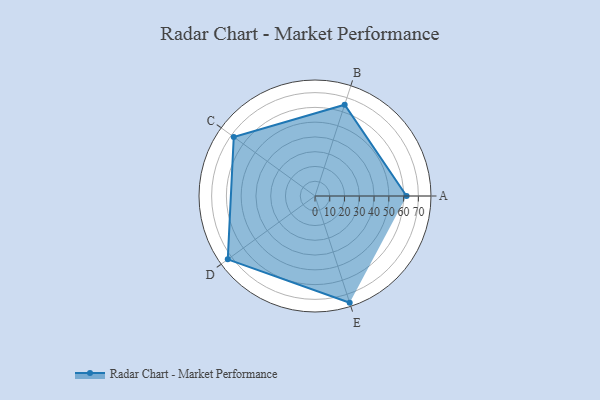
{"axis": {"x": "Skill", "y": "Score"}, "legend": ["Profile"], "data": [{"x": "A", "y": 62.0, "type": "Profile"}, {"x": "B", "y": 65.0, "type": "Profile"}, {"x": "C", "y": 68.0, "type": "Profile"}, {"x": "D", "y": 73.0, "type": "Profile"}, {"x": "E", "y": 76.0, "type": "Profile"}]}